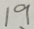
1 9